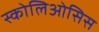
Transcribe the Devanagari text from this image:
स्कोलिओसिस